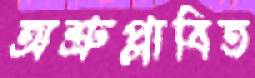
অশ্রুপ্লাবিত